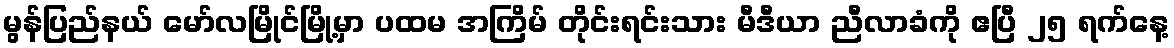
မွန်ပြည်နယ် မော်လမြိုင်မြို့မှာ ပထမ အကြိမ် တိုင်းရင်းသား မီဒီယာ ညီလာခံကို ဧပြီ ၂၅ ရက်နေ့